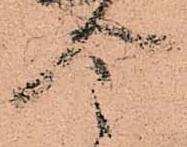
令